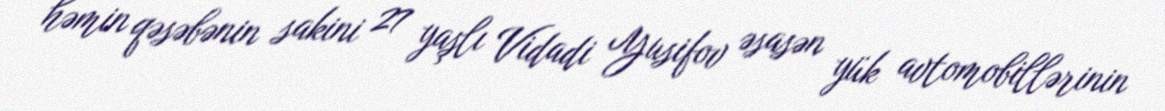
həmin qəsəbənin sakini 27 yaşlı Vidadi Yusifov əsasən yük avtomobillərinin